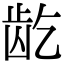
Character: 龁